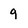
Character: 9